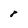
Character: 8